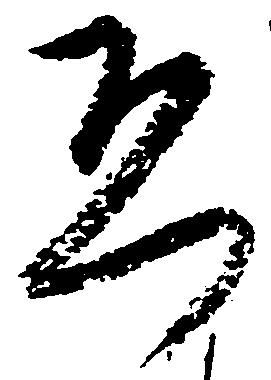
恐